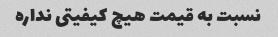
نسبت به قیمت هیچ کیفیتی نداره